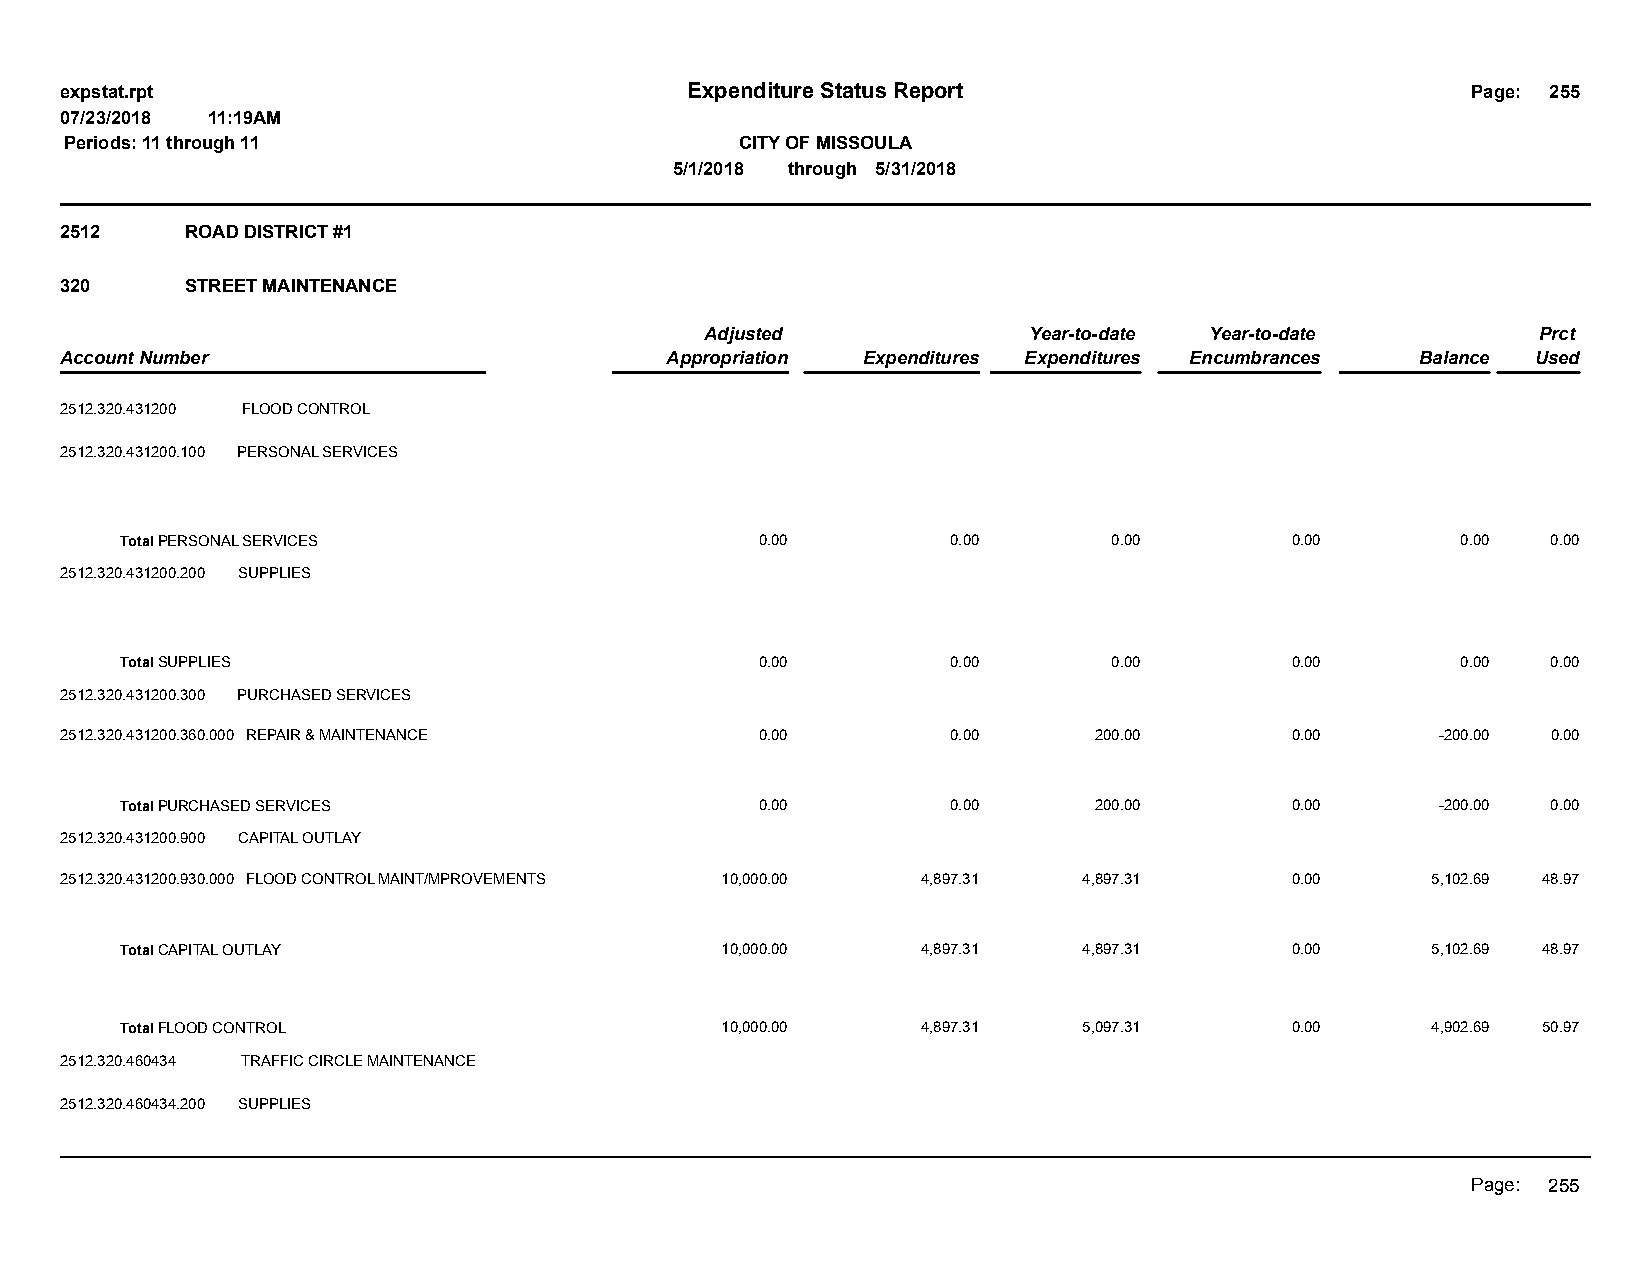
expstat.rpt                              Expenditure Status Report                           Page: 255
 07/23/2018 11:19AM
 Periods: 11 through 11                       CITY OF MISSOULA
 5/1/2018 through 5/31/2018
 2512    ROAD DISTRICT #1
 320     STREET MAINTENANCE
 Adjusted             Year-to-date Year-to-date         Prct
 Account Number                          Appropriation Expenditures Expenditures Encumbrances Balance Used
 2512.320.431200 FLOOD CONTROL
 2512.320.431200.100 PERSONAL SERVICES
 Total PERSONAL SERVICES                   0.00         0.00       0.00       0.00        0.00  0.00
 2512.320.431200.200 SUPPLIES
 Total SUPPLIES                            0.00         0.00       0.00       0.00        0.00  0.00
 2512.320.431200.300 PURCHASED SERVICES
 2512.320.431200.360.000 REPAIR & MAINTENANCE  0.00         0.00     200.00       0.00      -200.00 0.00
 Total PURCHASED SERVICES                  0.00         0.00     200.00       0.00      -200.00 0.00
 2512.320.431200.900 CAPITAL OUTLAY
 2512.320.431200.930.000 FLOOD CONTROL MAINT/MPROVEMENTS 10,000.00 4,897.31 4,897.31 0.00   5,102.69 48.97
 Total CAPITAL OUTLAY                    10,000.00    4,897.31   4,897.31     0.00      5,102.69 48.97
 Total FLOOD CONTROL                     10,000.00    4,897.31   5,097.31     0.00      4,902.69 50.97
 2512.320.460434 TRAFFIC CIRCLE MAINTENANCE
 2512.320.460434.200 SUPPLIES
 Page: 255